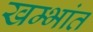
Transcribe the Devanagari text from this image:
खम्भांत